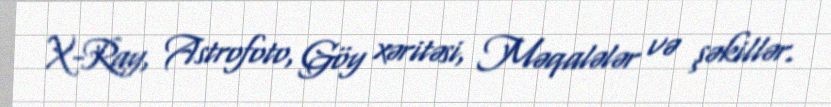
X-Ray, Astrofoto, Göy xəritəsi, Məqalələr və şəkillər.